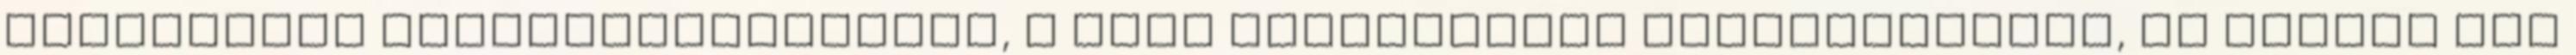
drasztikus visszaszorítására, a test mesterséges fejlesztésére, az emberi lét